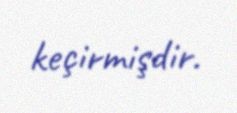
keçirmişdir.